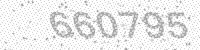
Solution: 660795